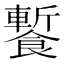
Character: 䭕